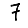
Digit: 7